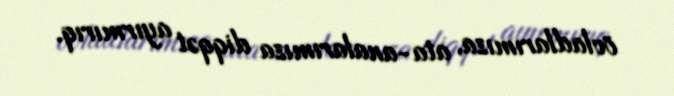
övladlarımıza, ata-analarımıza diqqət ayırmırıq.